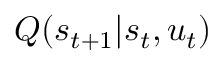
Q ( s _ { t + 1 } | s _ { t } , u _ { t } )